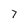
Character: 7